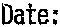
DATE: